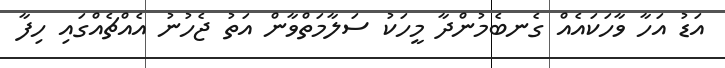
އަޑު އަހާ ވާހަކައެއް ގެނބެމުންދާ މީހަކު ސަލާމަތްވާން އަތު ޖެހުނު އެއްޗެއްގައި ހިފާ